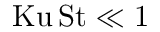
\mathrm { K u } \, \mathrm { S t } \ll 1